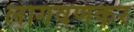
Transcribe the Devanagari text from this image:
लागवणकर